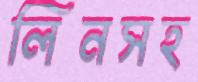
লিনসহ